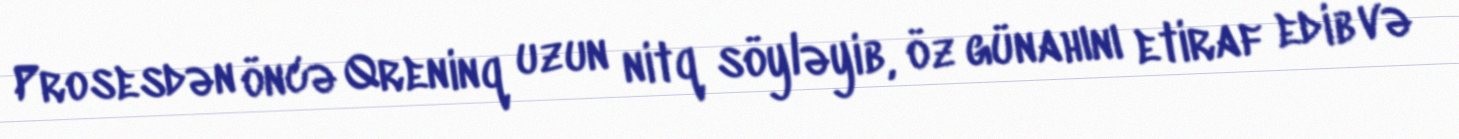
Prosesdən öncə Qreninq uzun nitq söyləyib, öz günahını etiraf edib və